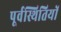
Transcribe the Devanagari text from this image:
पूर्वस्थितियों